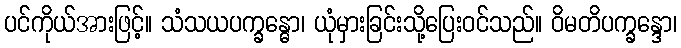
ပင်ကိုယ်အားဖြင့်။ သံသယပက္ခန္ဓော၊ ယုံမှားခြင်းသို့ပြေးဝင်သည်။ ဝိမတိပက္ခန္ဒော၊